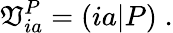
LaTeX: \mathfrak{V}_{ia}^{P}=(ia|P)\; .